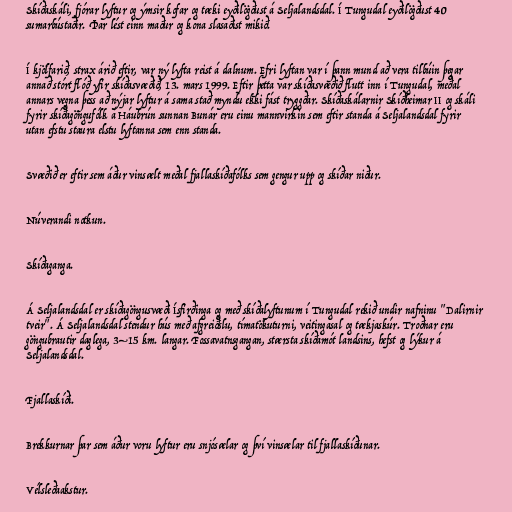
Skíðaskáli, fjórar lyftur og ýmsir kofar og tæki eyðilögðust á Seljalandsdal. Í Tungudal eyðilögðust 40
sumarbústaðir. Þar lést einn maður og kona slasaðist mikið.

Í kjölfarið, strax árið eftir, var ný lyfta reist á dalnum. Efri lyftan var í þann mund að vera tilbúin þegar
annað stórt flóð yfir skíðasvæðið, 13. mars 1999. Eftir þetta var skíðasvæðið flutt inn í Tungudal, meðal
annars vegna þess að nýjar lyftur á sama stað myndu ekki fást tryggðar. Skíðaskálarnir Skíðheimar II og skáli
fyrir skíðagöngufólk á Háubrún sunnan Bunár eru einu mannvirkin sem eftir standa á Seljalandsdal fyrir
utan efstu staura elstu lyftanna sem enn standa.

Svæðið er eftir sem áður vinsælt meðal fjallaskíðafólks sem gengur upp og skíðar niður.

Núverandi notkun.

Skíðaganga.

Á Seljalandsdal er skíðagöngusvæði Ísfirðinga og með skíðalyftunum í Tungudal rekið undir nafninu "Dalirnir
tveir". Á Seljalandsdal stendur hús með afgreiðslu, tímatökuturni, veitingasal og tækjaskúr. Troðnar eru
göngubrautir daglega, 3–15 km. langar. Fossavatnsgangan, stærsta skíðamót landsins, hefst og lýkur á
Seljalandsdal.

Fjallaskíði.

Brekkurnar þar sem áður voru lyftur eru snjósælar og því vinsælar til fjallaskíðunar.

Vélsleðaakstur.